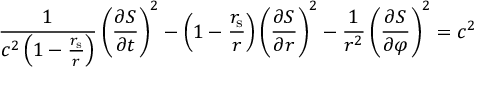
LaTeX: { \frac { 1 } { c ^ { 2 } \left( 1 - { \frac { r _ { \mathrm { { s } } } } { r } } \right) } } \left( { \frac { \partial S } { \partial t } } \right) ^ { 2 } - \left( 1 - { \frac { r _ { \mathrm { { s } } } } { r } } \right) \left( { \frac { \partial S } { \partial r } } \right) ^ { 2 } - { \frac { 1 } { r ^ { 2 } } } \left( { \frac { \partial S } { \partial \varphi } } \right) ^ { 2 } = c ^ { 2 }